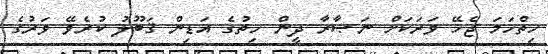
ހިތްހަމަ ޖެހޭ ވަރަކަށް ނަޞާރާ ދީން ހިތުގެ އަޑިން ޤަބޫލު ކުރެވޭ ވަރުގެ